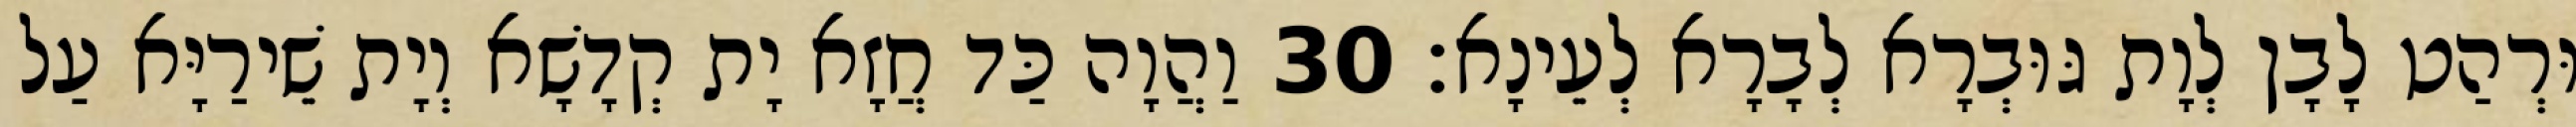
וּרְהַט לָבָן לְוָת גּוּבְרָא לְבָרָא לְעֵינָא׃ 30 וַהֲוָה כַּד חֲזָא יָת קְדָשָׁא וְיָת שֵׁירַיָּא עַל